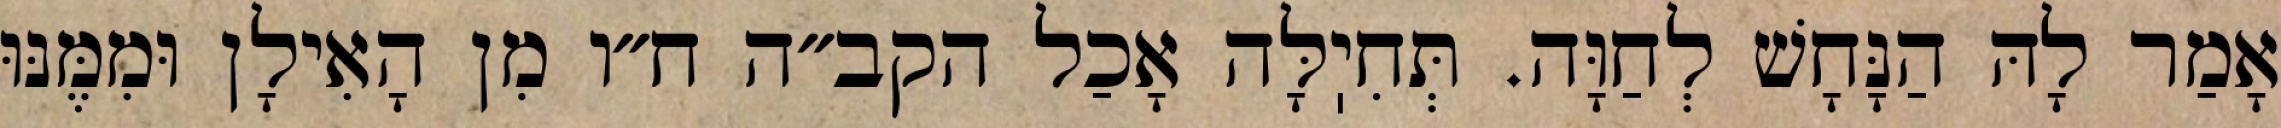
אָמַר לָהּ הַנָּחָשׁ לְחַוָּה. תְּחִיֽלָּה אָכַל הקב״ה ח״ו מִן הָאִילָן וּמִמֶּנּוּ